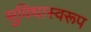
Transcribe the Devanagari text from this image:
सुविधास्वरूप